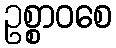
ဥစ္စာဝစေ